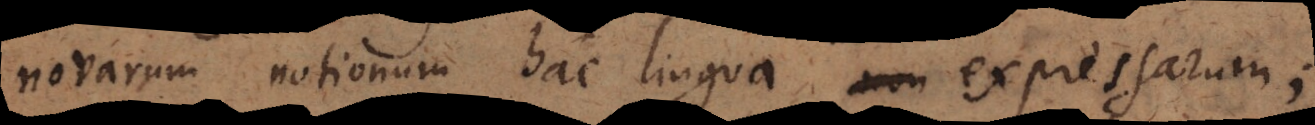
novarum notionum hac lingua expressarum;